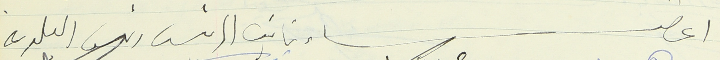
اعضاء نايب الرئيس رئيس البلدية